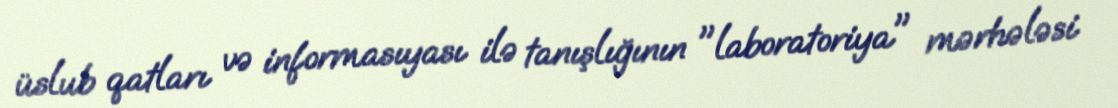
üslub qatları və informasıyası ilə tanışlığının "laboratoriya" mərhələsi